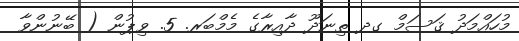
މުހައްމަދު ޤަސަމް ގދ ތިނަދޫ ދާއިރާގެ މެމްބަރ. 5. ވިޕުން ( ބޭނުންވާ